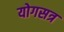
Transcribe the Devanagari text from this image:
योगसत्र